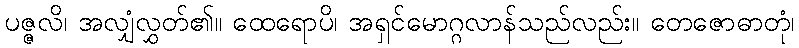
ပဇ္ဇလိ၊ အလျှံလွှတ်၏။ ထေရောပိ၊ အရှင်မောဂ္ဂလာန်သည်လည်း။ တေဇောဓာတုံ၊